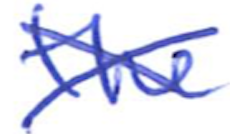
Text: the
Cross-out: cross
Writing tool: ballpoint